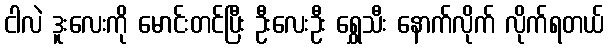
ငါလဲ ဒူးလေးကို မောင်းတင်ပြီး ဦးလေးဦး ရွှေသီး နောက်လိုက် လိုက်ရတယ်